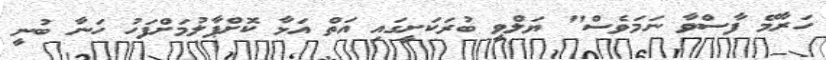
ހަރާމޭ ފާސްވާ ނަމަވެސް" ޔަލްވީ ބުރަކަށީގައި އަތް އަޅާ ކޮށްޕާލުމަށްފަހު ހަނާ ބުނީ